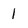
Character: l